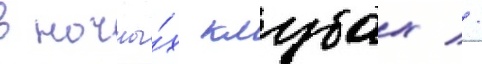
в ночны́х клубах //